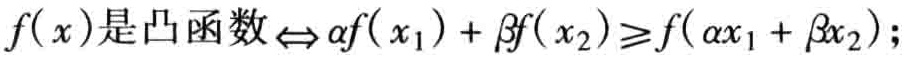
\(f(x)\text{是凸函数}\Leftrightarrow \alpha f(x_1)+\beta f(x_2)\geqslant f(\alpha x_1+\beta x_2);\)